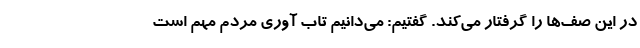
در این صف‌ها را گرفتار می‌کند. گفتیم: می‌دانیم تاب آوری مردم مهم است